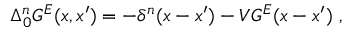
\Delta _ { 0 } ^ { n } G ^ { E } ( x , x ^ { \prime } ) = - \delta ^ { n } ( x - x ^ { \prime } ) - V G ^ { E } ( x - x ^ { \prime } ) \ ,